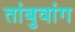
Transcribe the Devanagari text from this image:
तांबुवांग